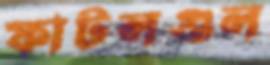
ফাটলগুল